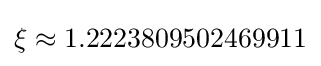
\xi \approx 1.2223809502469911